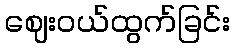
ဈေးဝယ်ထွက်ခြင်း